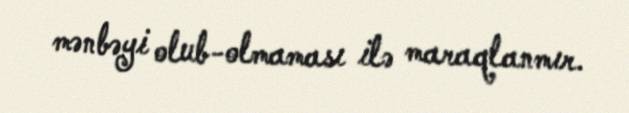
mənbəyi olub-olmaması ilə maraqlanmır.